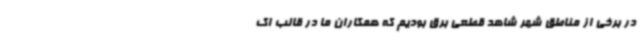
در برخی از مناطق شهر شاهد قطعی برق بودیم که همکاران ما در قالب اک